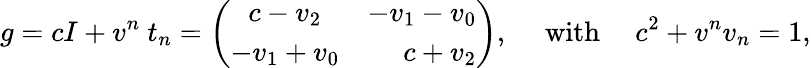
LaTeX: g=cI+v^{n}~t_{n}=\left(\begin{array}{cr}{{c-v_{2}}}&{{-v_{1}-v_{0}}}\\ {{-v_{1}+v_{0}}}&{{c+v_{2}}}\end{array}\right),~~~~~\mathrm{with}~~~~~c^{2}+v^{n}v_{n}=1,